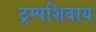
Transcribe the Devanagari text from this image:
ट्रम्पशिवाय